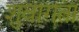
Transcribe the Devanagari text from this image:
शुवागता